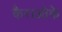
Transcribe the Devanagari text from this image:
कैराओके